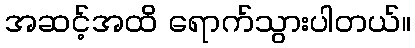
အဆင့်အထိ ရောက်သွားပါတယ်။